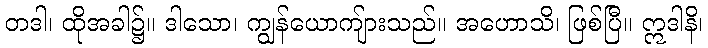
တဒါ၊ ထိုအခါ၌။ ဒါသော၊ ကျွန်ယောကျ်ားသည်။ အဟောသိ၊ ဖြစ်ပြီ။ ဣဒါနိ၊